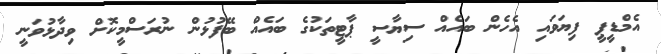
އެމްޑީޕީ ފިޔަވައި އެހެން ބައެއް ސިޔާސީ ޕާޓީތަކުގެ ބައެއް ބޭފުޅުން ނުރަސްމީކޮށް ވިދާޅުވަނީ